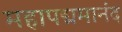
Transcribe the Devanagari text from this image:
महापद्ममानंद